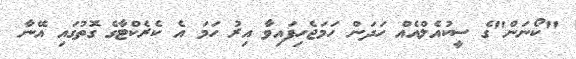
"ކޯނަން"ގެ ސީކުއެލްއެއް ހަދަން ހަމަޖެހިފައިވާ އިރު ހަމަ އެ ކެރެކްޓާގެ ގޮތުގައި އޭނާ